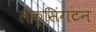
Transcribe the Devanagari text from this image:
लैक्सिंगटन